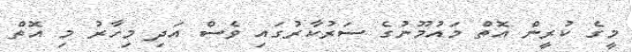
މީގެ ކުރީން އޮތް މައުމޫނުގެ ސަރުކާރުގައި ވެސް އަދި މިހާރު މި އޮތް